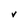
Character: V